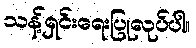
သန့်ရှင်းရေးပြုလုပ်ပါ။